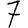
Digit: 7